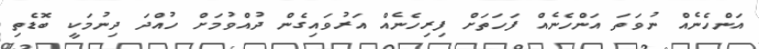
އަންހެނެއް ނުވަތަ އަންހެނެއް ފަހަތަށް ފިރިހެނެއް އަރުވައިގެން ދުއްވުމަށް ހުއްދަ ދިނުމަކީ ބޮޑެތި